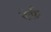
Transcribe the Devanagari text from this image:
वोर्फ़